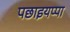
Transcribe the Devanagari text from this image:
पछाइयप्पा